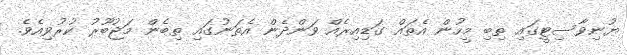
ޔުނިވާސިޓީގައި ތިބި މީހުން އެތައް ގަޑިއިރެއް ވަންދެން އެތަނުގައި ތިބެން މަޖުބޫރު ކުރުވިއެވެ.